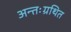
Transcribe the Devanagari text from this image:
अन्तःग्रथित